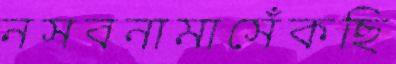
নসবনামাসেঁকছি